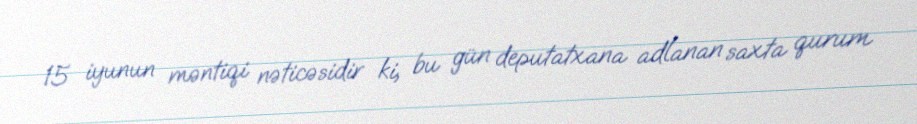
15 iyunun məntiqi nəticəsidir ki, bu gün deputatxana adlanan saxta qurum